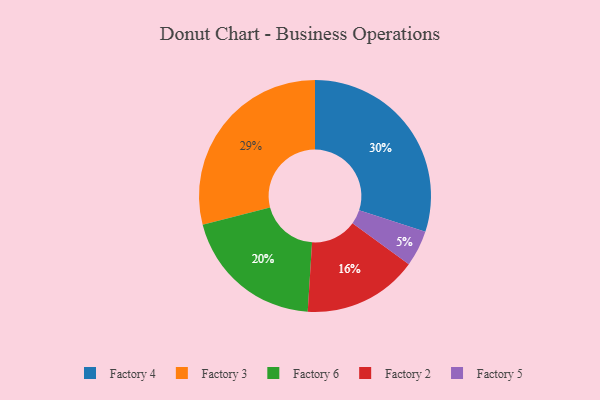
{"axis": {"x": "Category", "y": "Percentage"}, "legend": ["Factory 2", "Factory 3", "Factory 4", "Factory 5", "Factory 6"], "data": [{"x": "Factory 3", "y": 29, "type": "Factory 3"}, {"x": "Factory 6", "y": 20, "type": "Factory 6"}, {"x": "Factory 4", "y": 30, "type": "Factory 4"}, {"x": "Factory 5", "y": 5, "type": "Factory 5"}, {"x": "Factory 2", "y": 16, "type": "Factory 2"}]}